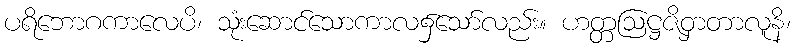
ပရိဘောဂကာလေပိ၊ သုံးဆောင်သောကာလ၌သော်လည်း။ ဟတ္တဩဋ္ဌဇိဝှာတာလူနိ၊